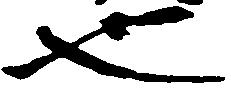
也